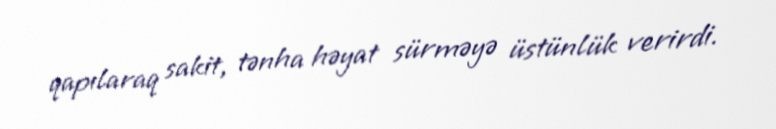
qapılaraq sakit, tənha həyat sürməyə üstünlük verirdi.